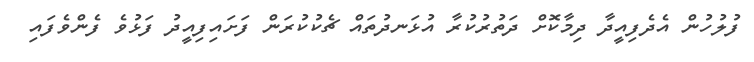
ފުލުހުން އެދެފިއީދާ ދިމާކޮށް ދަތުރުކުރާ އުޅަނދުތައް ޗެކުކުރަން ފަށައިފިއީދު ފަޅުވެ ފެންވެފައި